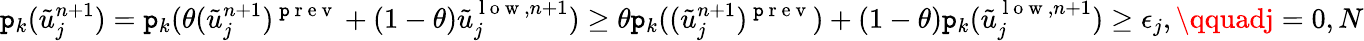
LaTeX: \mathtt{p}_{k}(\tilde{{u}}_{j}^{n+1})=\mathtt{p}_{k}(\theta(\tilde{{u}}_{j}^{n+1})^{\mathrm{{~\mathtt{p}~r~e~v~}}}+(1-\theta)\tilde{{u}}_{j}^{\mathrm{{~l~o~w~}},n+1})\ge\theta\mathtt{p}_{k}((\tilde{{u}}_{j}^{n+1})^{\mathrm{{~\mathtt{p}~r~e~v~}}})+(1-\theta)\mathtt{p}_{k}(\tilde{{u}}_{j}^{\mathrm{{~l~o~w~}},n+1})\ge\epsilon_{j},\qquadj=0,N